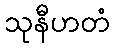
သုနီဟတံ